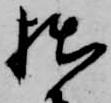
拙